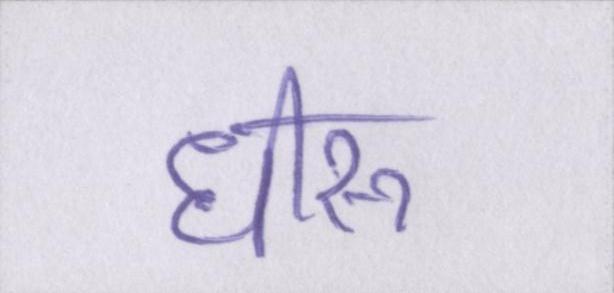
धीरू